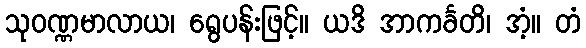
သုဝဏ္ဏမာလာယ၊ ရွေပန်းဖြင့်။ ယဒိ အာကင်္ခတိ၊ အံ့။ တံ